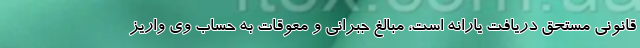
قانونی مستحق دریافت یارانه است، مبالغ جبرانی و معوقات به حساب وی واریز